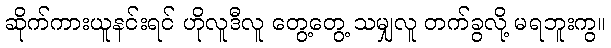
ဆိုက်ကားယူနင်းရင် ဟိုလူဒီလူ တွေ့တွေ့ သမျှလူ တက်ခွလို့ မရဘူးကွ။